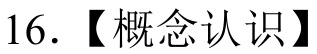
16. 【概念认识】